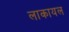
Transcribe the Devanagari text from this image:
लाकायल